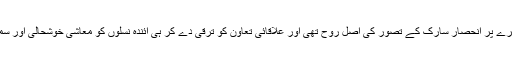
انہوں نے کہا کہ مشترکہ اہداف اور ایک دوسرے پر انحصار سارک کے تصور کی اصل روح تھی اور علاقائی تعاون کو ترقی دے کر ہی آئندہ نسلوں کو معاشی خوشحالی اور سماجی ترقی کی راہ پر گامزن کیا جا سکتا ہے۔